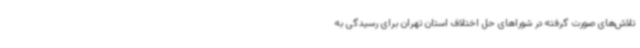
تلاش‌های صورت گرفته در شوراهای حل اختلاف استان تهران برای رسیدگی به